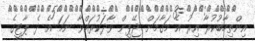
އިންތިހާބުކުރާ އިރު އެ މަގާމަށް ޖޭޕީން ވާދަކުރައްވާ ނަމަ އެ ދެ ޕާޓީގެ